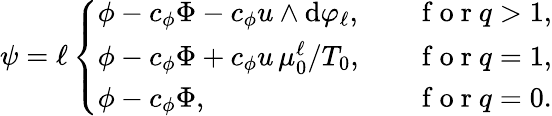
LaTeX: \psi=\ell\left\{ \begin{array}{ll}{\phi-c_{\phi}\Phi-c_{\phi}u\wedge\mathrm{d}\varphi_{\ell},}&{\quad\mathrm{~f~o~r~}q>1,}\\ {\phi-c_{\phi}\Phi+c_{\phi}u\, \mu_{0}^{\ell}/T_{0},}&{\quad\mathrm{~f~o~r~}q=1,}\\ {\phi-c_{\phi}\Phi,}&{\quad\mathrm{~f~o~r~}q=0.}\end{array}\right.